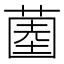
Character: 𱾒